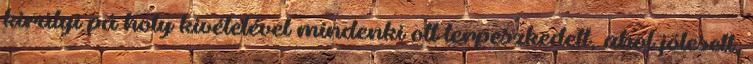
királyi pá­ holy kivételével mindenki ott terpeszkedett, ahol jólesett,